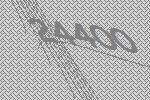
24400